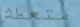
متعطش